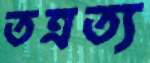
তত্রত্য